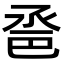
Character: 𢀿